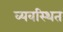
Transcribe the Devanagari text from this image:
व्‍यवस्‍िथत